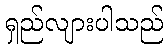
ရှည်လျားပါသည်